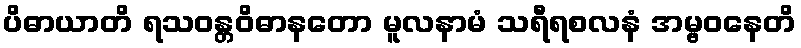
ပိဓာယာတိ ရသဝန္တဝိဓာနတော မူလနာမံ သရီရစလနံ အမ္ဗဝနေတိ